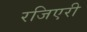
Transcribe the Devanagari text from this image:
रजिएरी